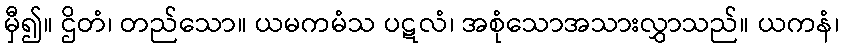
မှီ၍။ ဌိတံ၊ တည်သော။ ယမကမံသ ပဋလံ၊ အစုံသောအသားလွှာသည်။ ယကနံ၊